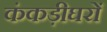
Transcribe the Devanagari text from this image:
कंकड़ीघरों